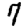
Digit: 7